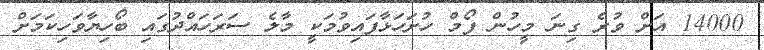
14000 އަށް ވުރެ ގިނަ މީހުން ފޯމް ހުށަހަޅާފައިވުމަކީ މާލެ ސަރަހައްދުގައި ބޯހިޔާވަހިކަމަށް